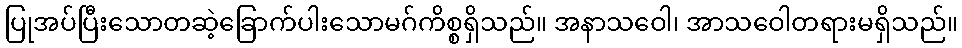
ပြုအပ်ပြီးသောတဆဲ့ခြောက်ပါးသောမဂ်ကိစ္စရှိသည်။ အနာသဝေါ၊ အာသဝေါတရားမရှိသည်။